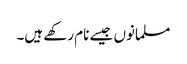
مسلمانوں جیسے نام رکھے ہیں۔